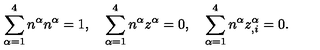
\sum _ { \alpha = 1 } ^ { 4 } n ^ { \alpha } n ^ { \alpha } = 1 , \quad \sum _ { \alpha = 1 } ^ { 4 } n ^ { \alpha } z ^ { \alpha } = 0 , \quad \sum _ { \alpha = 1 } ^ { 4 } n ^ { \alpha } z _ { , i } ^ { \alpha } = 0 .